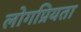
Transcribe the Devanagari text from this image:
लोगप्रियता